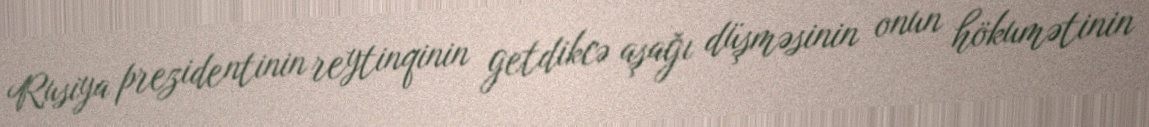
Rusiya prezidentinin reytinqinin getdikcə aşağı düşməsinin onun hökumətinin